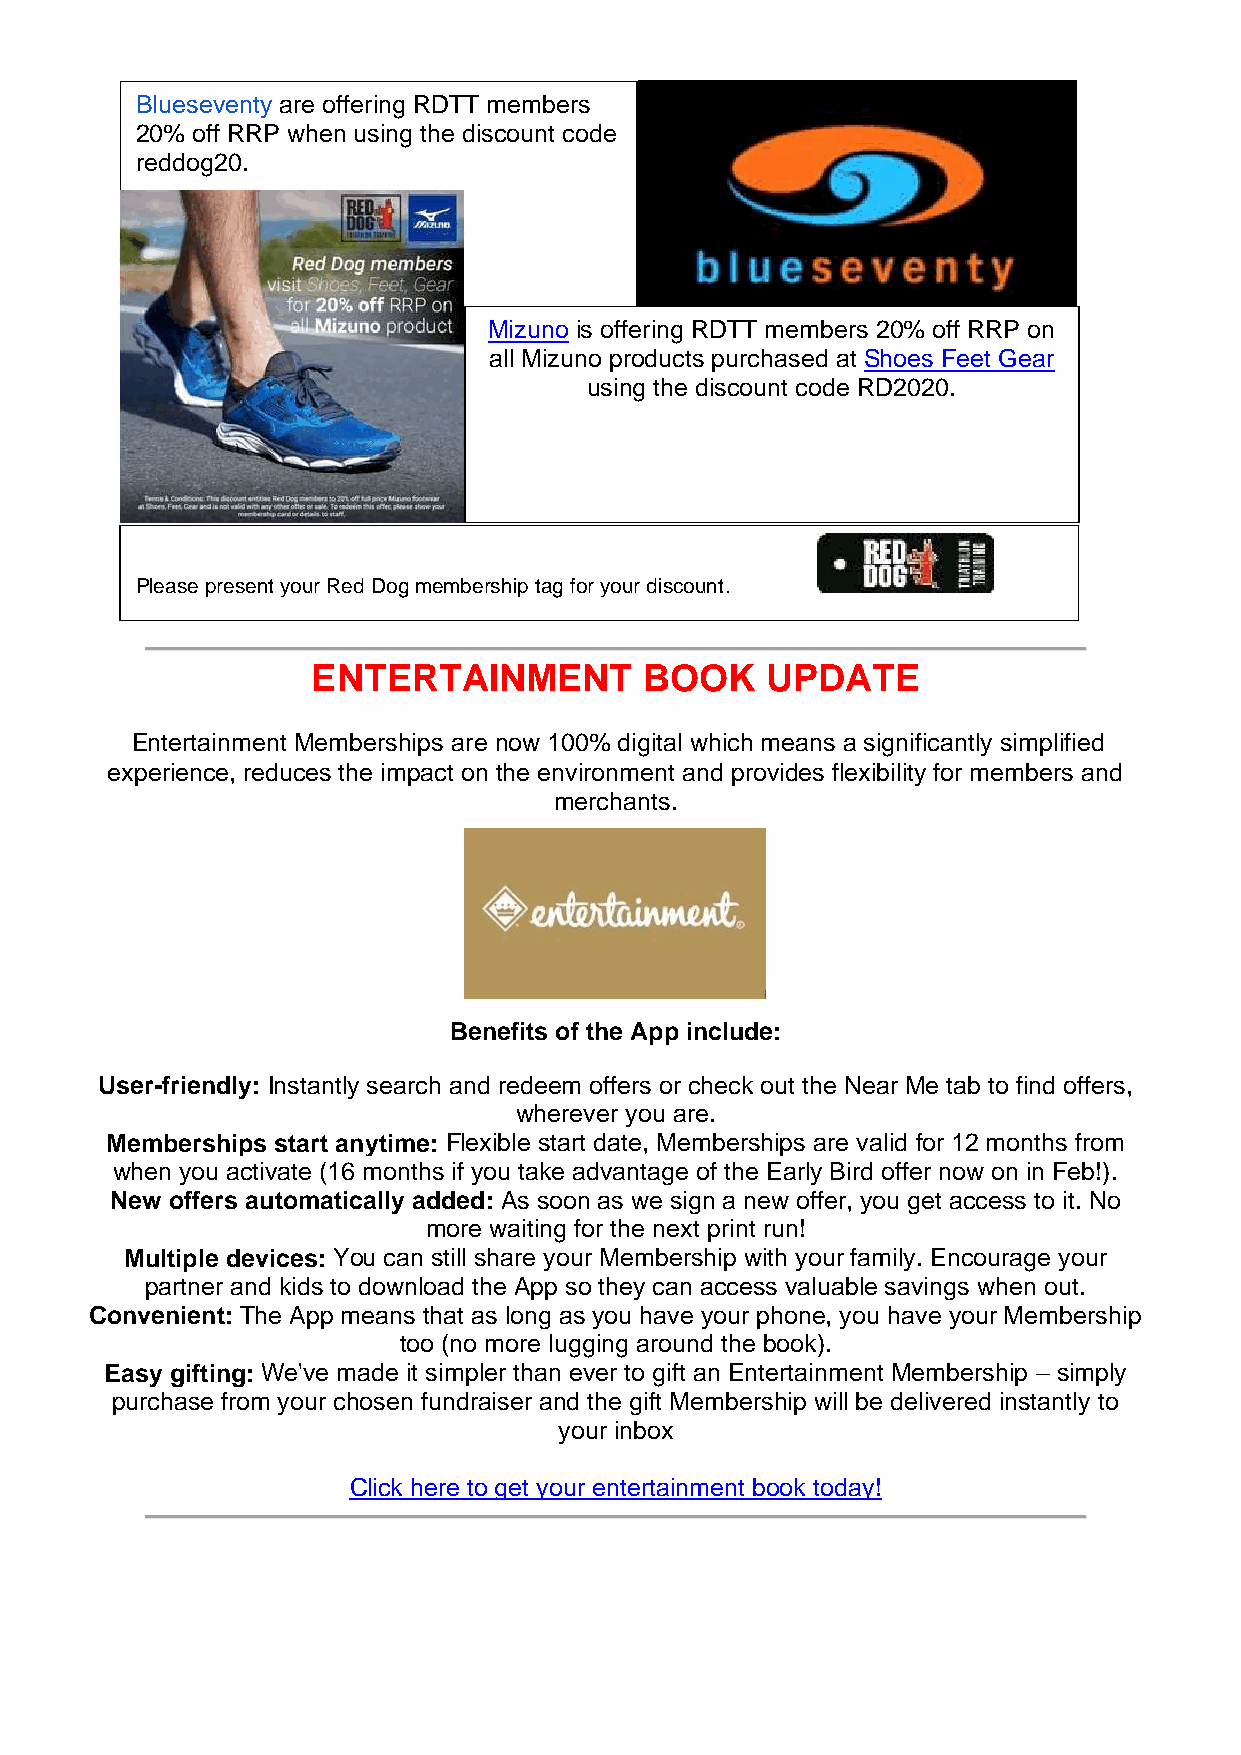
Blueseventy are offering RDTT members
 20% off RRP when using the discount code
 reddog20.
 Mizuno is offering RDTT members 20% off RRP on
 all Mizuno products purchased at Shoes Feet Gear
 using the discount code RD2020.
 Please present your Red Dog membership tag for your discount.
 ENTERTAINMENT         BOOK    UPDATE
 .
 Entertainment Memberships are now 100% digital which means a significantly simplified
 experience, reduces the impact on the environment and provides flexibility for members and
 merchants.
 Benefits of the App include:
 User-friendly: Instantly search and redeem offers or check out the Near Me tab to find offers,
 wherever you are.
 Memberships start anytime: Flexible start date, Memberships are valid for 12 months from
 when you activate (16 months if you take advantage of the Early Bird offer now on in Feb!).
 New offers automatically added: As soon as we sign a new offer, you get access to it. No
 more waiting for the next print run!
 Multiple devices: You can still share your Membership with your family. Encourage your
 partner and kids to download the App so they can access valuable savings when out.
 Convenient: The App means that as long as you have your phone, you have your Membership
 too (no more lugging around the book).
 Easy gifting: We've made it simpler than ever to gift an Entertainment Membership – simply
 purchase from your chosen fundraiser and the gift Membership will be delivered instantly to
 your inbox
 Click here to get your entertainment book today!